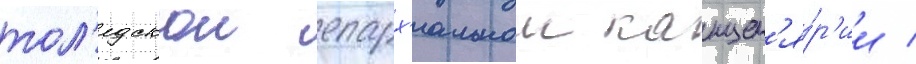
тол'едскои епарх'иальнои канцел'я́р'ии /